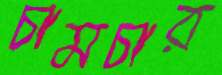
চামচার